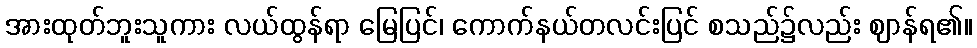
အားထုတ်ဘူးသူကား လယ်ထွန်ရာ မြေပြင်၊ ကောက်နယ်တလင်းပြင် စသည်၌လည်း ဈာန်ရ၏။